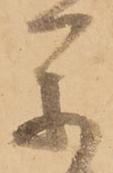
参